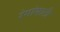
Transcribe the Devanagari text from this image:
रंगांसाठी